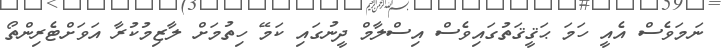
ނަމަވެސް އެއީ ހަމަ ޙަޤީޤަތުގައިވެސް އިސްލާމް ދީނުގައި ކަމޭ ހިތުމަށް ލާޒިމުކުރާ އަވަށްޓެރިންތޯ